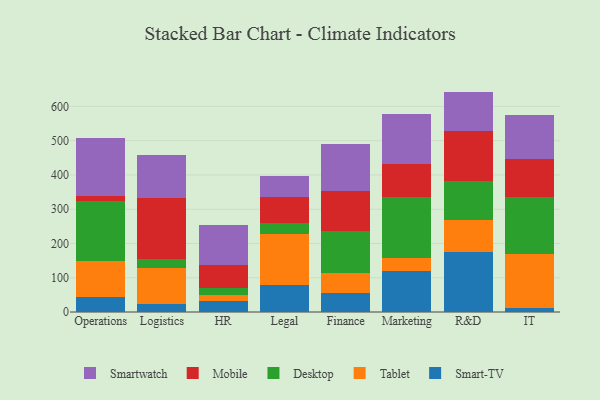
{"axis": {"x": "Department", "y": "Backlog"}, "legend": ["Desktop", "Mobile", "Smart-TV", "Smartwatch", "Tablet"], "data": [{"x": "Operations", "y": 43.2, "type": "Smart-TV"}, {"x": "Operations", "y": 104.7, "type": "Tablet"}, {"x": "Operations", "y": 175.1, "type": "Desktop"}, {"x": "Operations", "y": 16.5, "type": "Mobile"}, {"x": "Operations", "y": 169.4, "type": "Smartwatch"}, {"x": "Logistics", "y": 23.8, "type": "Smart-TV"}, {"x": "Logistics", "y": 103.3, "type": "Tablet"}, {"x": "Logistics", "y": 28.9, "type": "Desktop"}, {"x": "Logistics", "y": 175.8, "type": "Mobile"}, {"x": "Logistics", "y": 125.1, "type": "Smartwatch"}, {"x": "HR", "y": 30.8, "type": "Smart-TV"}, {"x": "HR", "y": 18.3, "type": "Tablet"}, {"x": "HR", "y": 21.9, "type": "Desktop"}, {"x": "HR", "y": 65.2, "type": "Mobile"}, {"x": "HR", "y": 118.4, "type": "Smartwatch"}, {"x": "Legal", "y": 79.5, "type": "Smart-TV"}, {"x": "Legal", "y": 149.3, "type": "Tablet"}, {"x": "Legal", "y": 31.1, "type": "Desktop"}, {"x": "Legal", "y": 75.2, "type": "Mobile"}, {"x": "Legal", "y": 61.7, "type": "Smartwatch"}, {"x": "Finance", "y": 54.5, "type": "Smart-TV"}, {"x": "Finance", "y": 59.9, "type": "Tablet"}, {"x": "Finance", "y": 121.9, "type": "Desktop"}, {"x": "Finance", "y": 117.2, "type": "Mobile"}, {"x": "Finance", "y": 138.0, "type": "Smartwatch"}, {"x": "Marketing", "y": 118.4, "type": "Smart-TV"}, {"x": "Marketing", "y": 40.5, "type": "Tablet"}, {"x": "Marketing", "y": 177.2, "type": "Desktop"}, {"x": "Marketing", "y": 97.1, "type": "Mobile"}, {"x": "Marketing", "y": 145.4, "type": "Smartwatch"}, {"x": "R&D", "y": 174.0, "type": "Smart-TV"}, {"x": "R&D", "y": 95.8, "type": "Tablet"}, {"x": "R&D", "y": 112.7, "type": "Desktop"}, {"x": "R&D", "y": 146.7, "type": "Mobile"}, {"x": "R&D", "y": 114.1, "type": "Smartwatch"}, {"x": "IT", "y": 12.0, "type": "Smart-TV"}, {"x": "IT", "y": 156.4, "type": "Tablet"}, {"x": "IT", "y": 168.0, "type": "Desktop"}, {"x": "IT", "y": 109.1, "type": "Mobile"}, {"x": "IT", "y": 130.0, "type": "Smartwatch"}]}